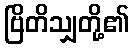
ဗြိတိသျှတို့၏